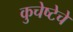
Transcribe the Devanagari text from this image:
कुचेष्टेचे